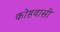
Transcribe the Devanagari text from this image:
कोष्ठवासी